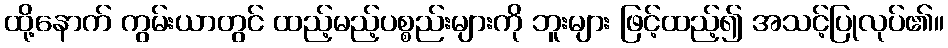
ထို့နောက် ကွမ်းယာတွင် ထည့်မည့်ပစ္စည်းများကို ဘူးများ ဖြင့်ထည့်၍ အသင့်ပြုလုပ်၏။